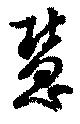
慧